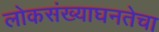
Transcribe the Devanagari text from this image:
लोकसंख्याघनतेचा